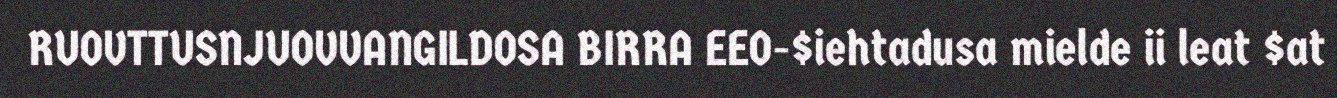
RUOVTTUSNJUOVVANGILDOSA BIRRA EEO-$iehtadusa mielde ii leat $at